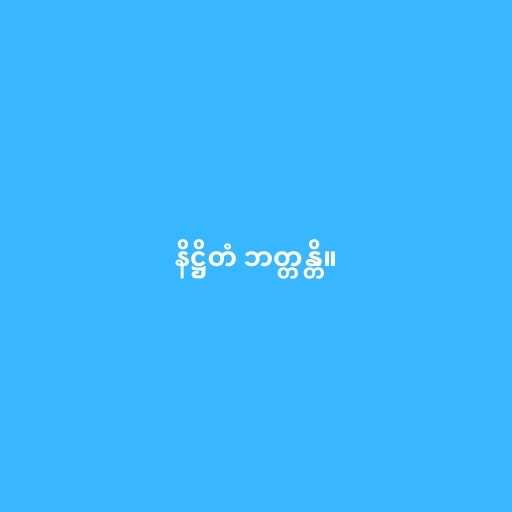
နိဋ္ဌိတံ ဘတ္တန္တိ။